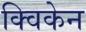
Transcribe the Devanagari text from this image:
क्विकेन